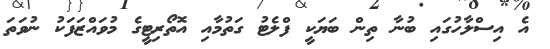
އެ އިސްލާހުގައި ބުނާ ތިން ބަޔަކީ ފްލެޓު ގަތުމާއި އޮތޯރިޓީގެ މުވައްޒަފަކު ނުވަތަ